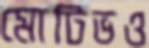
মোটিভও